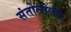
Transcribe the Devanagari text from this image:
संतोलाल्ला